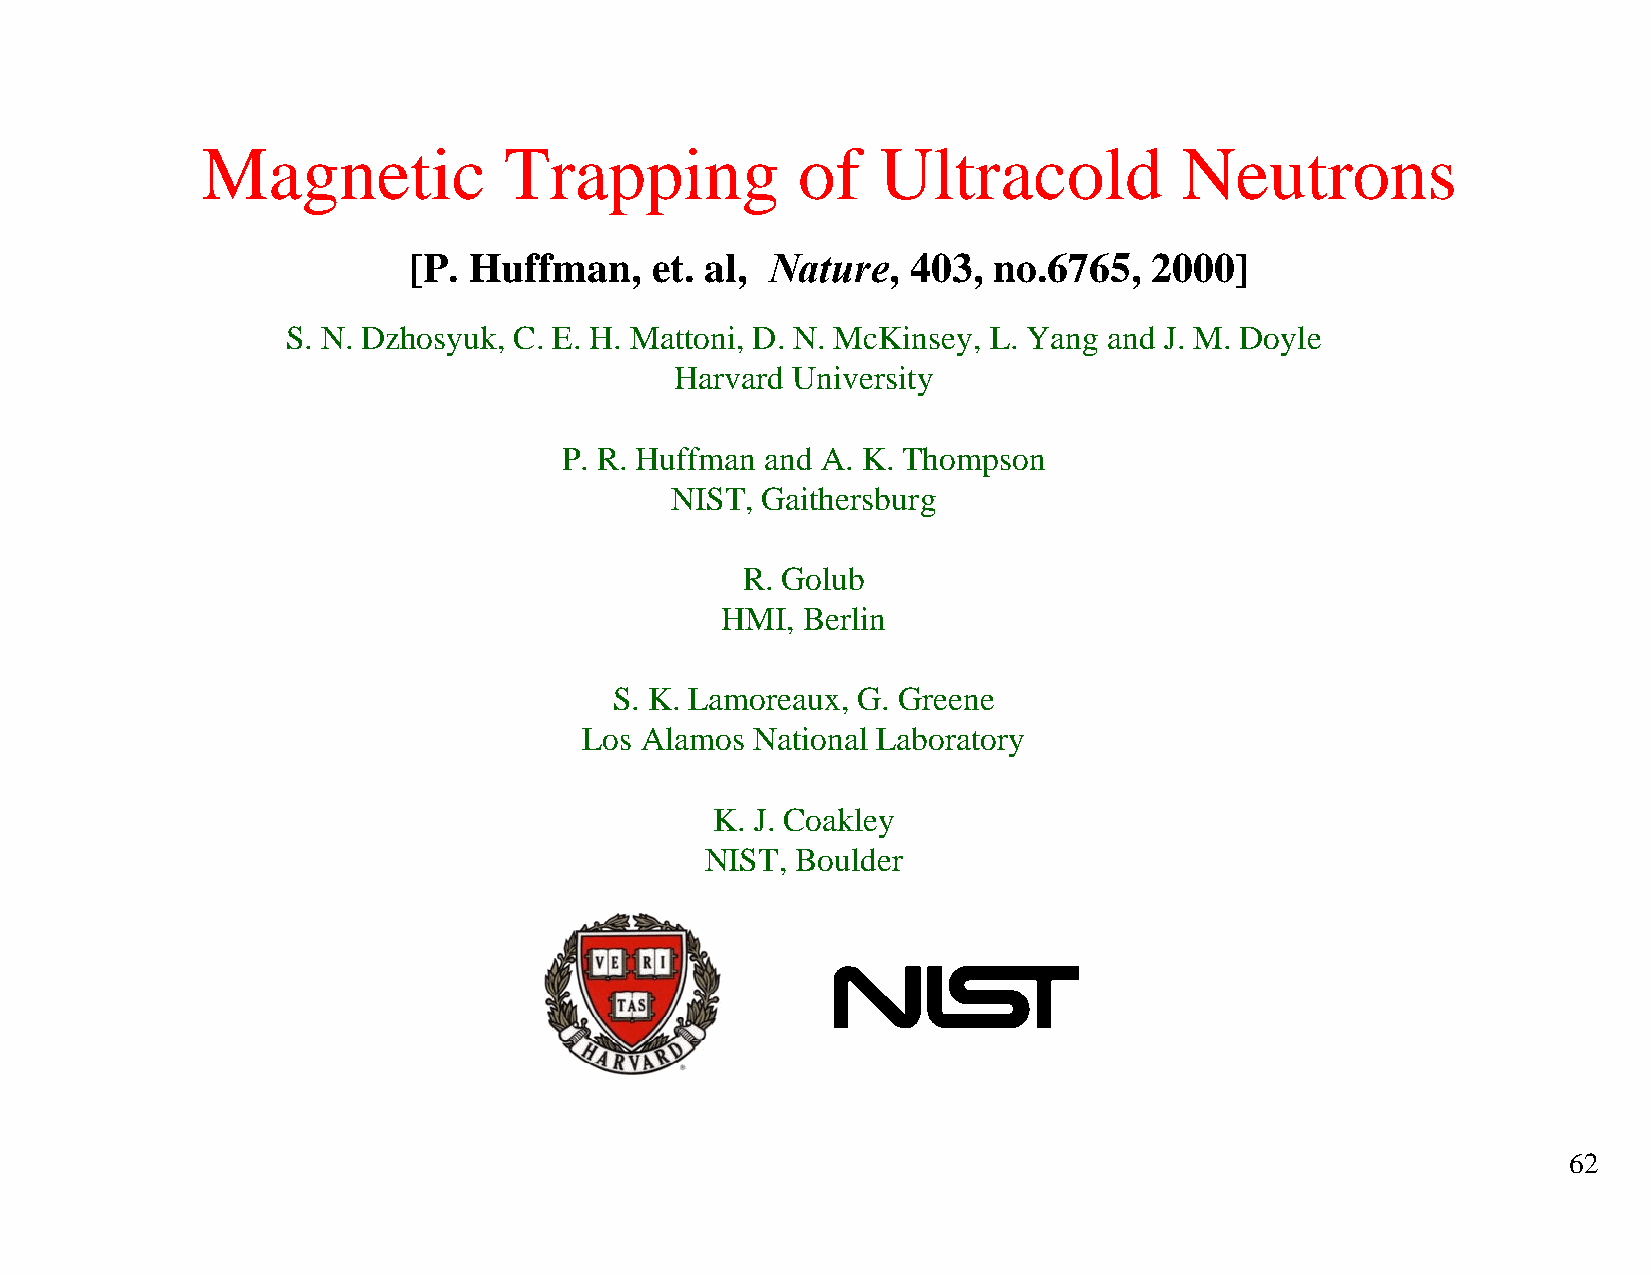
Magnetic            Trapping            of   Ultracold           Neutrons
 [P. Huffman,    et. al, Nature,  403,  no.6765,  2000]
 S. N. Dzhosyuk, C. E. H. Mattoni, D. N. McKinsey, L. Yang and J. M. Doyle
 Harvard University
 P. R. Huffman and A. K. Thompson
 NIST, Gaithersburg
 R. Golub
 HMI, Berlin
 S. K. Lamoreaux, G. Greene
 Los Alamos National Laboratory
 K. J. Coakley
 NIST, Boulder
 62